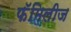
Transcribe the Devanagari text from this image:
फॅमिलीज